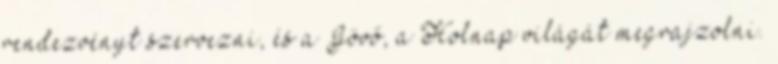
rendezvényt szervezni, és a Jövő, a Holnap világát megrajzolni.